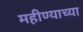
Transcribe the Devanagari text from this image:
महीण्याच्या